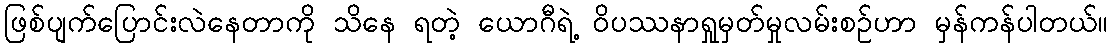
ဖြစ်ပျက်ပြောင်းလဲနေတာကို သိနေ ရတဲ့ ယောဂီရဲ့ ဝိပဿနာရှုမှတ်မှုလမ်းစဉ်ဟာ မှန်ကန်ပါတယ်။